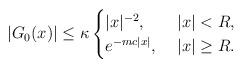
LaTeX: \begin{align*} |G_0(x)| \leq \kappa \begin{cases} |x|^{-2},&~|x | < R, \\ e^{-m c |x|},&~ |x| \geq R. \end{cases}\end{align*}